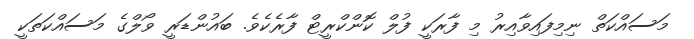
މަސައްކަތް ނިމިފައިވާއިރު މި ފާރަކީ ފުލް ކޮންކްރީޓް ފާރެކެވެ. ބައުންޑަރީ ވޯލްގެ މަސައްކަތަކީ